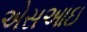
એસઆઇ